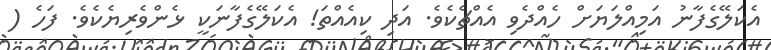
އެކަލޭގެފާނު އަމިއްލަޔަށް ހެއްދެވި އެއްޗެކެވެ. އަދި ކިއެއްތަ! އެކަލޭގެފާނަކީ ޅެންވެރިޔެކެވެ. ފަހެ (